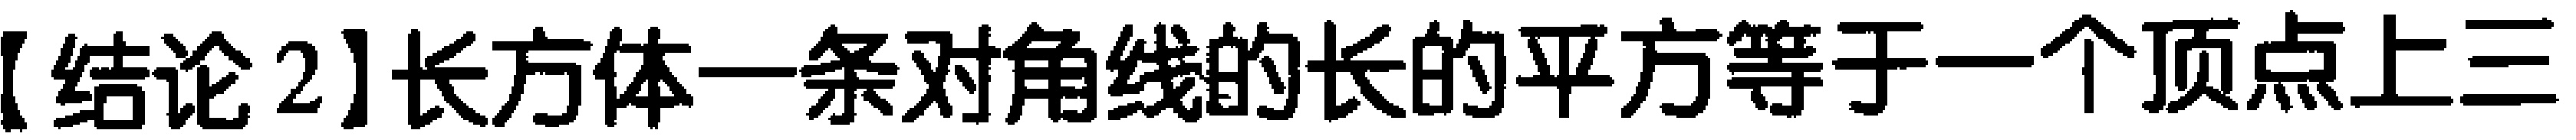
【结论2】长方体一条对角线的长的平方等于一个顶点上三